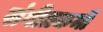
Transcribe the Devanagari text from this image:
संगीतकर्मी